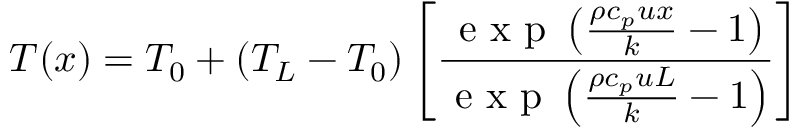
T ( x ) = T _ { 0 } + ( T _ { L } - T _ { 0 } ) \left[ \frac { \mathrm { ~ e ~ x ~ p ~ } \left( \frac { \rho c _ { p } u x } { k } - 1 \right) } { \mathrm { ~ e ~ x ~ p ~ } \left( \frac { \rho c _ { p } u L } { k } - 1 \right) } \right]